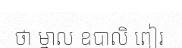
ថា ម្នាល ឧបាលិ ពៀរ